Vaccination in the Punjab 1919-1929 - 1919-1929
Year: 1919
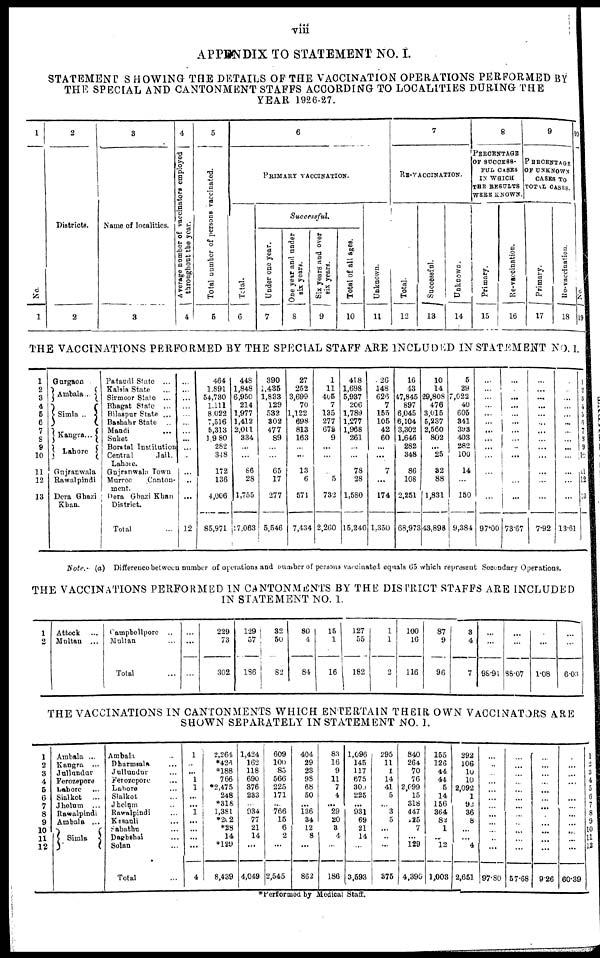
viii
APPENDIX TO STATEMENT NO. I.
STATEMENT SHOWING THE DETAILS OF THE VACCINATION OPERATIONS PERFORMED BY
THE SPECIAL AND CANTONMENT STAFFS ACCORDING TO LOCALITIES DURING THE
YEAR 1926-27.
1
No.
1
2
Districts.
2
3
Name of localities.
3
4
Average number of vaccinators employed
throughout the year.
4
5
Total number of persons vaccinated.
5
6
PRIMARY VACCINATION.
Total.
6
Successful.
Under one year.
7
One year and under
six years.
8
Six years and over
six years.
9
Total of all ages.
10
Unknown.
11
7
RE-VACCINATION.
Total.
12
Successful.
13
Unknown.
14
8
PERCENTAGE
OF SUCCESS-
FUL CASES
IN WHICH
THE RESULTS
WERE KNOWN.
Primary.
15
Re-vaccination.
16
9
PERCENTAGE
OF UNKNOWN
CASES TO
TOTAL CASES.
Primary.
17
Re-vaccination.
18
10
No.
19
THE VACCINATIONS PERFORMED BY THE SPECIAL STAFF ARE INCLUDED IN STATEMENT NO. I.
1
2
3
4
5
6
7
8
9
10
11
12
13
Gurgaon
Ambala ...
Simla ..
Kangra...
Lahore
Gujranwala
Rawalpindi
Dera Ghazi
Khan.
Pataudi State ...
Kalsia State ...
Sirmoor State ...
Bhagat State ...
Bilaspur State ...
Bashahr State ...
Mandi ...
Suket
Borstal Institution
Central
Jail.
Lahore.
Gujranwala Town
Murree
Canton-
ment.
Dera
Ghazi Khan
District.
Total ...
...
...
...
...
...
...
...
...
...
...
...
...
...
12
464
1,891
54,730
1,111
8,022
7,516
5,313
1,980
282
348
172
136
4,006
85,971
448
1,848
6,950
214
1,977
1,412
2,011
334
...
...
86
28
1,755
7,063
390
1,435
1,833
129
532
302
477
89
...
...
65
17
277
5,546
27
252
3,699
70
1,122
698
813
163
...
...
13
6
571
7,434
1
11
405
7
135
277
676
9
...
...
5
732
2,260
418
1,698
5,937
206
1,789
1,277
1,968
261
...
...
78
28
1,580
15,240
26
148
626
7
155
105
42
60
...
...
7
...
174
1,350
16
43
47,845
897
6,045
6,104
3,302
1,646
282
348
86
108
2,251
68,973
10
14
29,808
476
3,015
5,237
2,560
802
...
25
32
88
1,831
43,898
5
29
7,022
40
605
341
393
403
282
100
14
...
150
9,384
...
...
...
...
...
...
...
...
...
...
...
...
...
97.00
...
...
...
...
...
...
...
... ..
...
...
...
...
73.67
...
...
...
...
...
...
...
...
...
...
...
...
...
7.92
...
...
...
...
...
...
...
...
...
...
...
...
...
13.61
1
2
3
4
5
6
7
8
9
10
11
12
13
Note.— (a) Difference between number of operations and number of persons vaccinated equals 65 which represent Secondary Operations.
THE VACCINATIONS PERFORMED IN CANTONMENTS BY THE DISTRICT STAFFS ARE INCLUDED
IN STATEMENT NO. 1.
1
2
Attock ...
Multan
...
Campbellpore ...
Multan ...
Total ...
...
...
..
229
73
302
129
57
186
32
50
82
80
4
84
15
1
16
127
55
182
1
1
2
100
16
116
87
9
96
3
4
7
...
...
96.91
...
...
88.07
...
...
1.08
...
...
6.03
THE VACCINATIONS IN CANTONMENTS WHICH ENTERTAIN THEIR OWN VACCINATORS ARE
SHOWN SEPARATELY IN STATEMENT NO. 1.
1
2
3
4
5
6
7
8
9
10
11
12
Ambala ...
Kangra
...
Jullundur
Ferozepore
Lahore ...
Sialkot
...
Jhelum
...
Rawalpindi
Ambala ...
Simla
Ambala ...
Dharmsala ...
Jullundur ...
Ferozepore ...
Lahore ...
Sialkot ...
Jhelum ...
Rawalpindi ...
Kesauli ...
Sabathu ...
Daghshai ...
Solan ...
Total ...
1
...
...
1
1
...
...
1
...
...
...
...
4
2,264
*426
*188
766
*2,475
248
*318
1,381
*202
*28
14
*129
8,439
1,424
162
118
690
376
233
...
934
77
21
14
...
4,049
609
100
83
566
225
171
...
766
15
6
2
...
2,545
404
29
23
98
68
50
...
136
34
12
8
...
862
83
16
9
11
7
4
...
29
20
3
4
...
186
1,096
145
117
675
300
225
...
931
69
21
14
...
3,593
295
11
1
14
41
5
...
3
5
...
...
...
375
840
264
70
76
2,099
15
318
447
25
7
...
129
4,390
155
126
44
44
5
14
156
364
82
1
...
12
1,003
292
106
10
10
2,092
1
92
36
8
...
...
4
2,651
...
...
...
...
...
...
...
...
...
...
...
...
97.80
...
...
...
...
...
...
...
...
...
...
...
...
57.68
...
...
...
...
...
...
...
...
...
...
...
...
9.26
...
...
...
...
...
...
...
...
...
...
...
60.39
1
2
3
4
5
6
7
8
9
10
11
12
*Performed by Medical Staff.